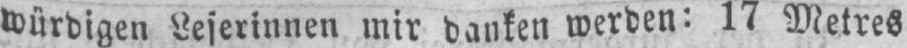
würdigen Leserinnen mir danken werden: 17 Metres